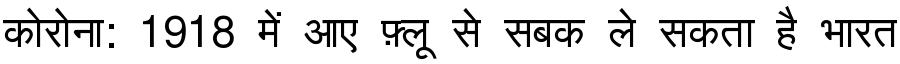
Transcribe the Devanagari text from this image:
कोरोना: 1918 में आए फ़्लू से सबक ले सकता है भारत